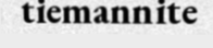
tiemannite